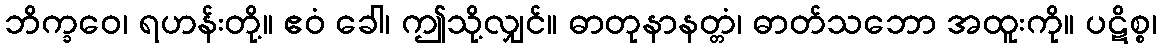
ဘိက္ခဝေ၊ ရဟန်းတို့။ ဧဝံ ခေါ၊ ဤသို့လျှင်။ ဓာတုနာနတ္တံ၊ ဓာတ်သဘော အထူးကို။ ပဋိစ္စ၊